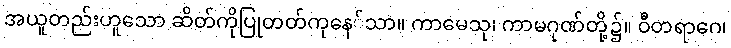
အယူတည်းဟူသော ဆိတ်ကိုပြုတတ်ကုနေ်သာ။ ကာမေသု၊ ကာမဂုဏ်တို့၌။ ဝီတရာဂေ၊